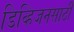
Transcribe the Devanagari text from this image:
डिव्हिजनसाठी